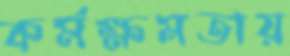
কর্মক্ষমতায়